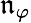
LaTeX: \mathfrak{n}_{\varphi}